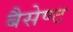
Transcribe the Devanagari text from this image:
बैसेण्ट